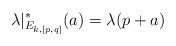
\begin{align*}\lambda|_{E_{k,[p,q]}}^*(a) = \lambda(p+a)\end{align*}